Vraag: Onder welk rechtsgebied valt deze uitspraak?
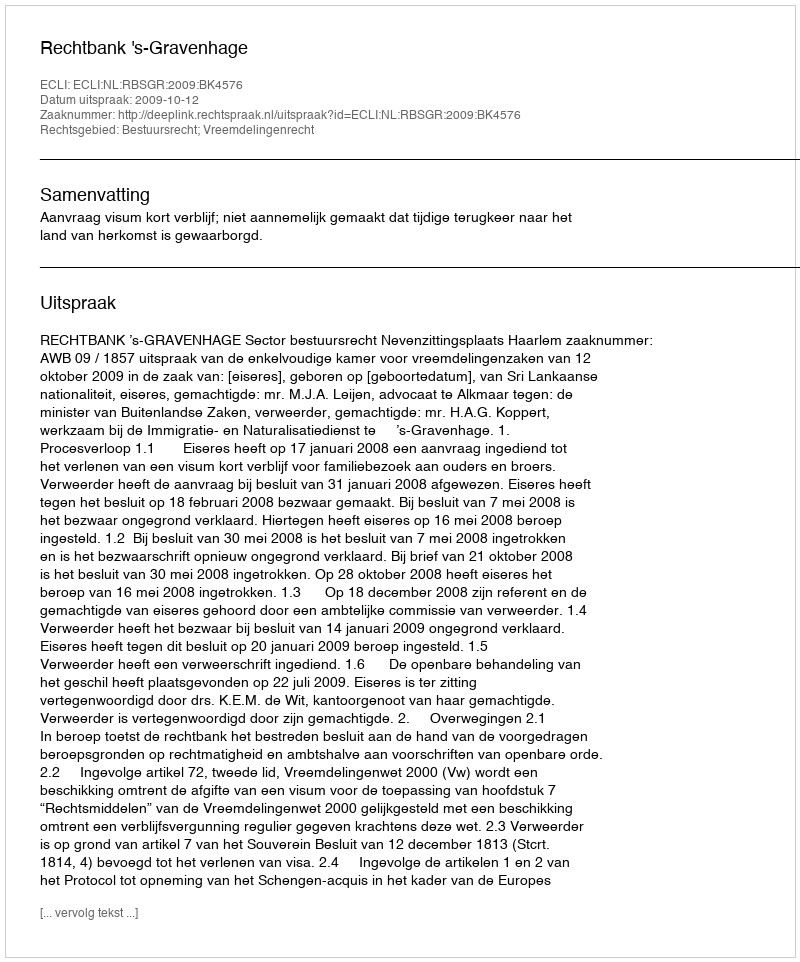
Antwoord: Bestuursrecht; Vreemdelingenrecht